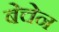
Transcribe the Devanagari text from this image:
बेचेन